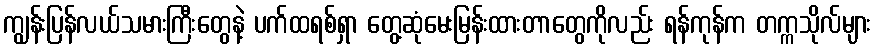
ကျွန်းပြန်လယ်သမားကြီးတွေနဲ့ ပက်ထရစ်ရှာ တွေ့ဆုံမေးမြန်းထားတာတွေကိုလည်း ရန်ကုန်က တက္ကသိုလ်များ